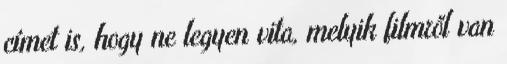
címet is, hogy ne legyen vita, melyik filmről van